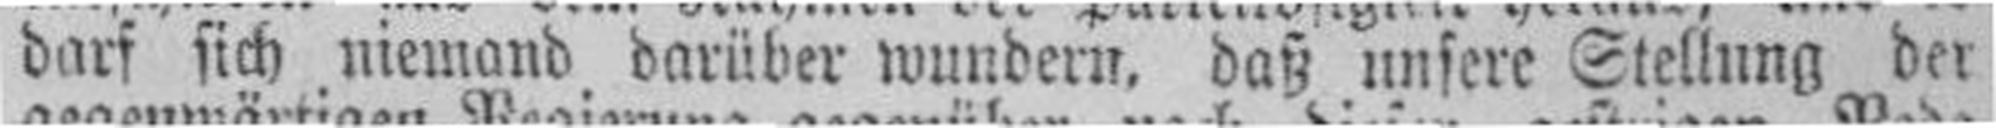
darf sich niemand darüber wundern, daß unsere Stellung der